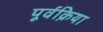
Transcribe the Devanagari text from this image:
पूर्वक्रिया